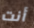
أنت